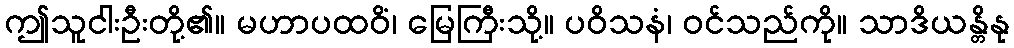
ဤသူငါးဦးတို့၏။ မဟာပထဝိံ၊ မြေကြီးသို့။ ပဝိသနံ၊ ဝင်သည်ကို။ သာဒိယန္တိနု